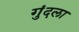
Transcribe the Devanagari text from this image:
गुंदला